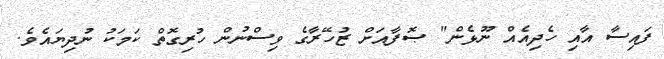
ފައިސާ އާއި ހެދިއެއް ނޫޅެން" ޞޮފާއަށް ޒުހޭރާގެ ވިސްނުން ހުރިގޮތް ކަމަކު ނުދިޔައެވެ.